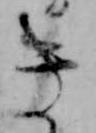
き